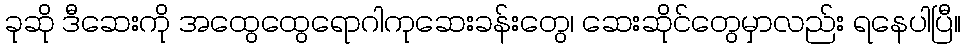
ခုဆို ဒီဆေးကို အထွေထွေရောဂါကုဆေးခန်းတွေ၊ ဆေးဆိုင်တွေမှာလည်း ရနေပါပြီ။